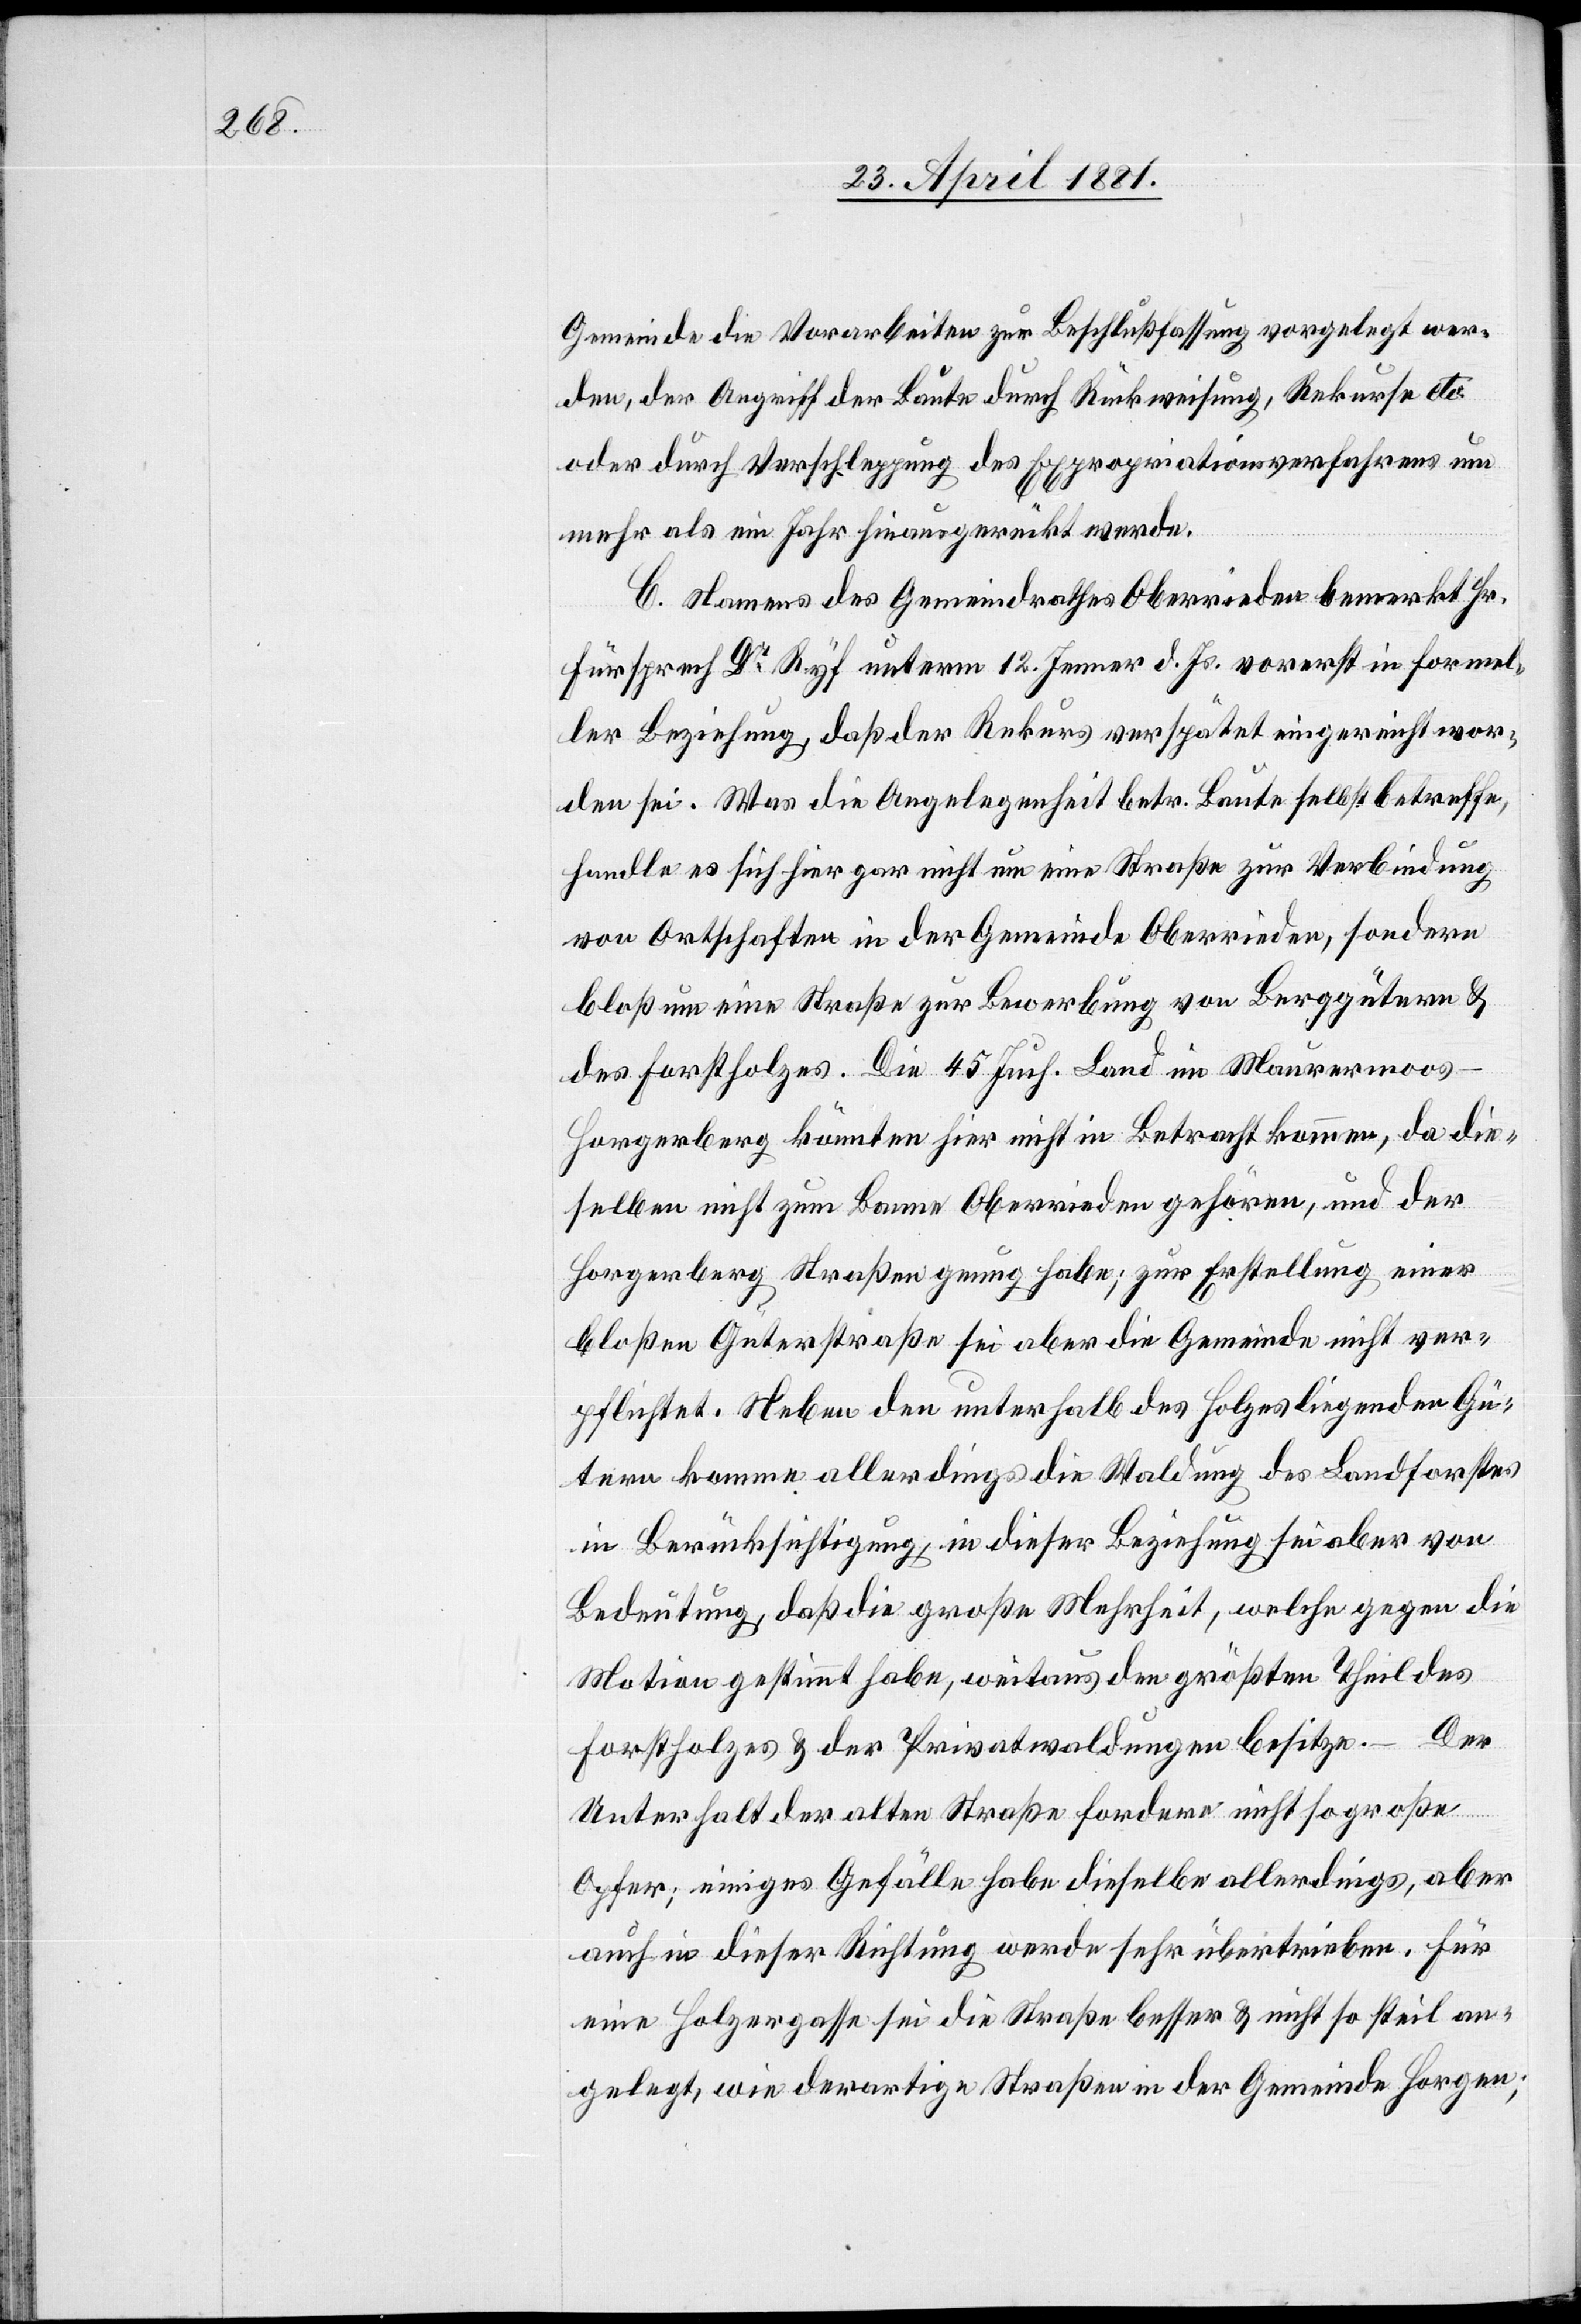
Gemeinde die Vorarbeiten zur Beschlußfassung vorgelegt wer¬
den, der Angriff der Leute durch Rückweisung, Rekurse etc.
oder durch Verschleppung des Expropriationsverfahrens um
mehr als ein Jahr hinausgerückt werde.
C. Namens des Gemeindrathes Oberrieden bemerkt Hr.
Fürsprech Dr Ryf unterm 12. Jenner d. Js. vorerst in formel¬
ler Beziehung, daß der Rekurs verspätet eingereicht wor¬
den sei. Was die Angelegenheit betr. Baute selbst betreffe,
handle es sich hier gar nicht um eine Straße zur Verbindung
von Ortschaften in der Gemeinde Oberrieden, sondern
bloß um eine Straße zur Bewerbung von Berggütern &
des Forstholzes. Die 45 Juch. Land im Maurermoos
Horgenberg könnten hier nicht in Betracht kommen, da die¬
selben nicht zum Banne Oberrieden gehören, und der
Horgenberg Straßen genug habe; zur Erstellung einer
bloßen Güterstraße sei eben die Gemeinde nicht ver¬
pflichtet. Neben den unterhalb des Hohes liegenden Gü¬
tern komme allerdings die Waldung des Landforstes
in Berücksichtigung, in dieser Beziehung sei eben von
Bedeutung, daß die große Mehrheit, welche gegen die
Motion gestimmt habe, weitaus den größten Theil des
Forstholzes & der Privatwaldungen besitze. – Der
Unterhalt der alten Straße fordere nicht so große
Opfer; einiges Gefälle habe dieselbe allerdings, aber
auch in dieser Richtung werde sehr übertrieben. Für
eine Holzergasse sei die Straße besser & nicht so steil an¬
gelegt, wir derartige Straßen in der Gemeinde Horgen;